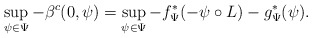
\begin{align*}\sup_{\psi\in\Psi} - \beta^c (0,\psi) = \sup_{\psi\in\Psi} -f^*_{\Psi} (-\psi\circ L)-g^{*}_\Psi (\psi).\end{align*}